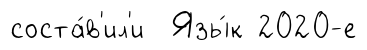
соста́в'ил'и Язы́к 2020-е